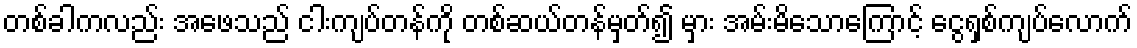
တစ်ခါကလည်း အဖေသည် ငါးကျပ်တန်ကို တစ်ဆယ်တန်မှတ်၍ မှား အမ်းမိသောကြောင့် ငွေရှစ်ကျပ်လောက်